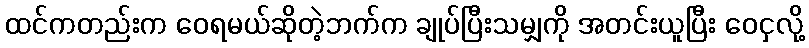
ထင်ကတည်းက ဝေရမယ်ဆိုတဲ့ဘက်က ချုပ်ပြီးသမျှကို အတင်းယူပြီး ဝေငှလို့